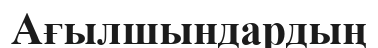
Ағылшындардың